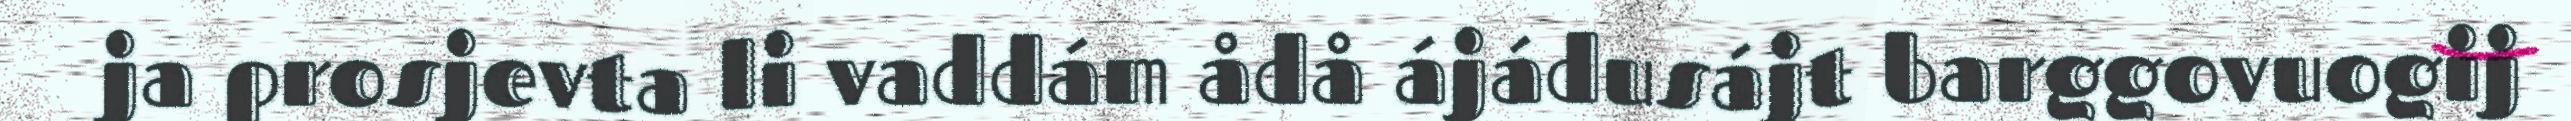
ja prosjevta li vaddám ådå ájádusájt barggovuogij